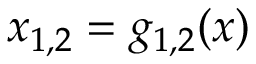
x _ { 1 , 2 } = g _ { 1 , 2 } ( x )